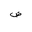
Letter: _dad